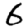
Digit: 6